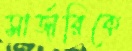
সার্জারিকে